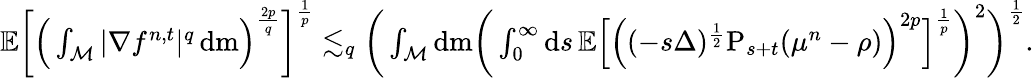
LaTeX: \begin{array}{r}{\mathbb{E}\bigg[\Big(\int_{\mathcal{M}}\vert\nabla f^{n,t}\vert^{q}\, \mathrm{d}\mathrm{m}\Big)^{\frac{2p}{q}}\bigg]^{\frac{1}{p}}\lesssim_{q}\bigg(\int_{\mathcal{M}}\mathrm{d}\mathrm{m}\bigg(\int_{0}^{\infty}\mathrm{d}s\, \mathbb{E}\Big[\Big((-s\Delta)^{\frac{1}{2}}\mathrm{P}_{s+t}(\mu^{n}-\rho)\Big)^{2p}\Big]^{\frac{1}{p}}\bigg)^{2}\bigg)^{\frac{1}{2}}.}\end{array}